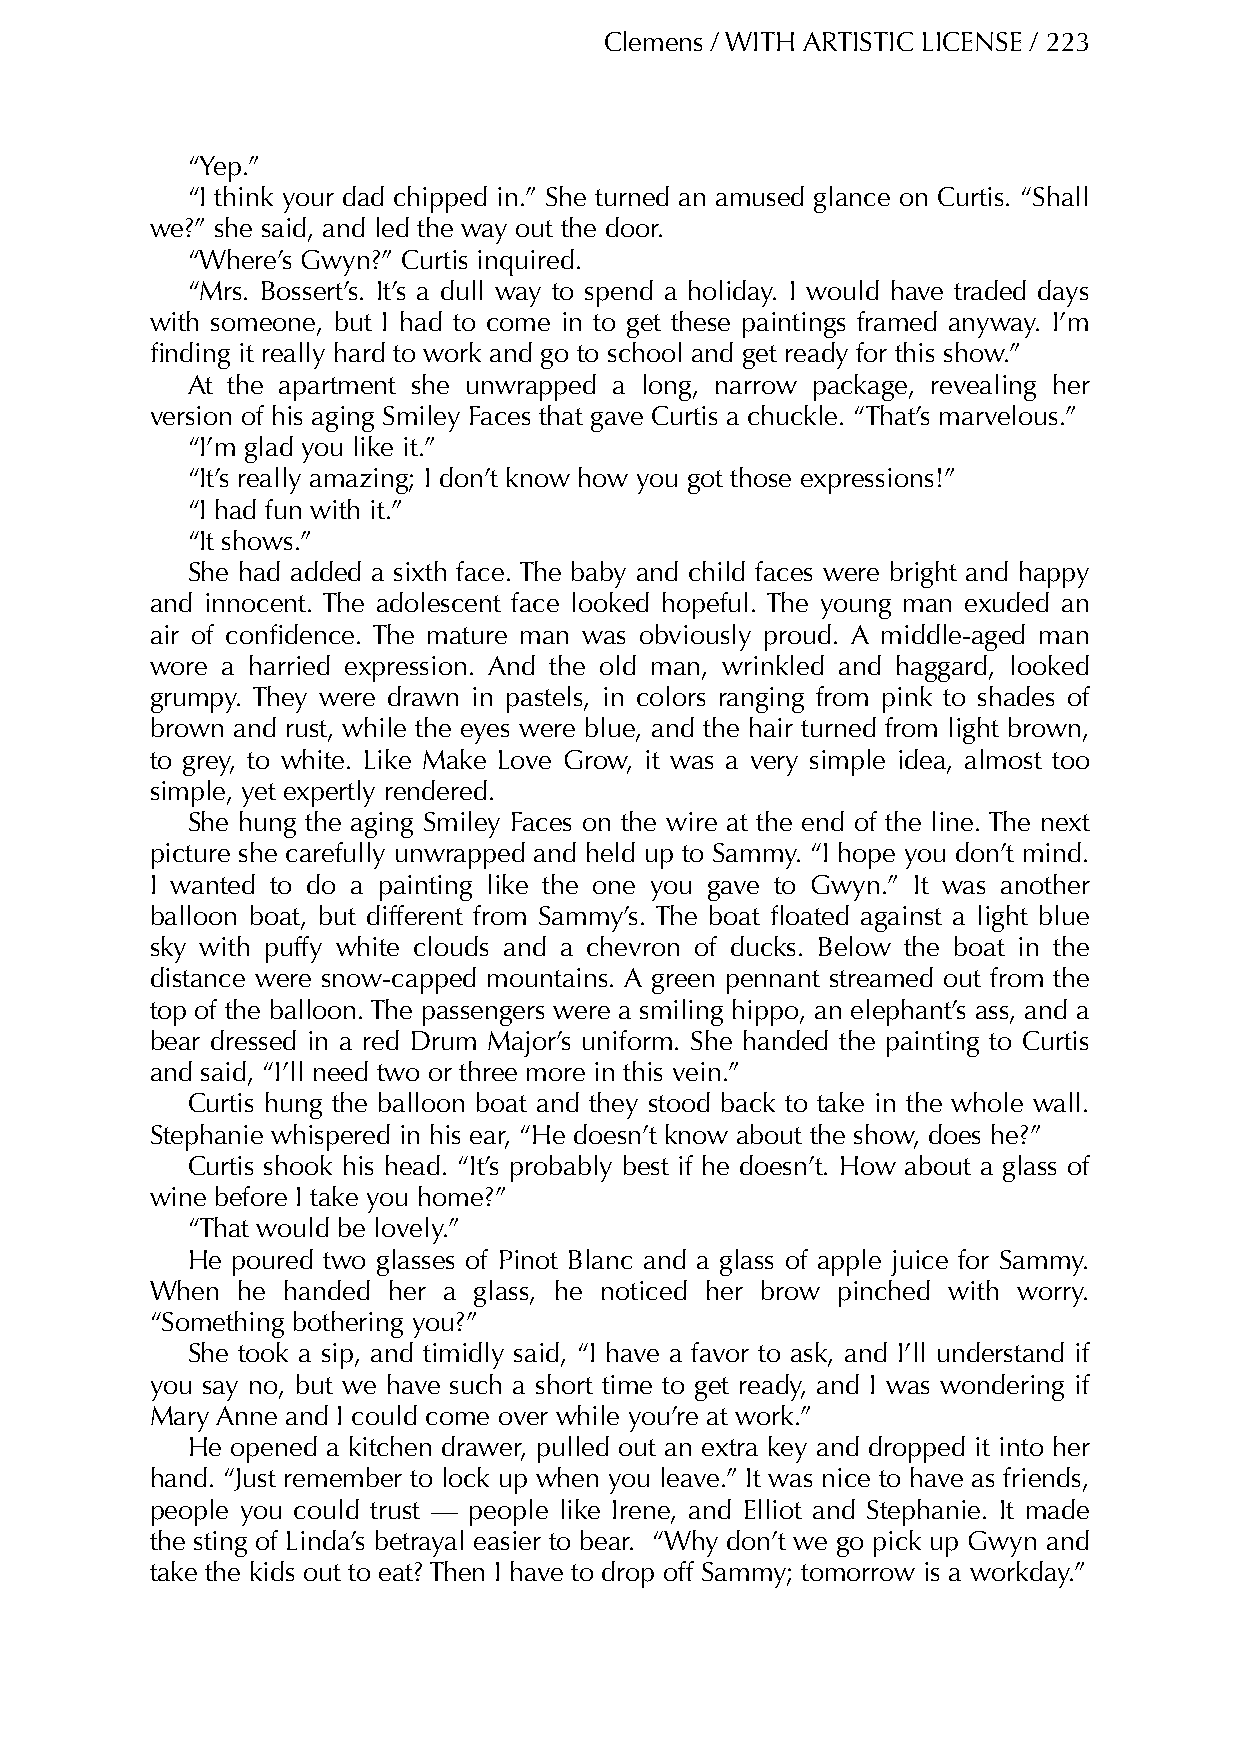
Clemens / WITH ARTISTIC LICENSE / 223
 “Yep.”
 “I think your dad chipped in.” She turned an amused glance on Curtis. “Shall
 we?” she said, and led the way out the door.
 “Where’s Gwyn?” Curtis inquired.
 “Mrs. Bossert’s. It’s a dull way to spend a holiday. I would have traded days
 with someone, but I had to come in to get these paintings framed anyway. I’m
 finding it really hard to work and go to school and get ready for this show.”
 At the apartment she unwrapped a long, narrow package, revealing her
 version of his aging Smiley Faces that gave Curtis a chuckle. “That’s marvelous.”
 “I’m glad you like it.”
 “It’s really amazing; I don’t know how you got those expressions!”
 “I had fun with it.”
 “It shows.”
 She had added a sixth face. The baby and child faces were bright and happy
 and innocent. The adolescent face looked hopeful. The young man exuded an
 air of confidence. The mature man was obviously proud. A middle-aged man
 wore a harried expression. And the old man, wrinkled and haggard, looked
 grumpy. They were drawn in pastels, in colors ranging from pink to shades of
 brown and rust, while the eyes were blue, and the hair turned from light brown,
 to grey, to white. Like Make Love Grow, it was a very simple idea, almost too
 simple, yet expertly rendered.
 She hung the aging Smiley Faces on the wire at the end of the line. The next
 picture she carefully unwrapped and held up to Sammy. “I hope you don’t mind.
 I wanted to do a painting like the one you gave to Gwyn.” It was another
 balloon boat, but different from Sammy’s. The boat floated against a light blue
 sky with puffy white clouds and a chevron of ducks. Below the boat in the
 distance were snow-capped mountains. A green pennant streamed out from the
 top of the balloon. The passengers were a smiling hippo, an elephant’s ass, and a
 bear dressed in a red Drum Major’s uniform. She handed the painting to Curtis
 and said, “I’ll need two or three more in this vein.”
 Curtis hung the balloon boat and they stood back to take in the whole wall.
 Stephanie whispered in his ear, “He doesn’t know about the show, does he?”
 Curtis shook his head. “It’s probably best if he doesn’t. How about a glass of
 wine before I take you home?”
 “That would be lovely.”
 He poured two glasses of Pinot Blanc and a glass of apple juice for Sammy.
 When  he handed her a glass, he noticed her brow pinched with worry.
 “Something bothering you?”
 She took a sip, and timidly said, “I have a favor to ask, and I’ll understand if
 you say no, but we have such a short time to get ready, and I was wondering if
 Mary Anne and I could come over while you’re at work.”
 He opened a kitchen drawer, pulled out an extra key and dropped it into her
 hand. “Just remember to lock up when you leave.” It was nice to have as friends,
 people you could trust — people like Irene, and Elliot and Stephanie. It made
 the sting of Linda’s betrayal easier to bear. “Why don’t we go pick up Gwyn and
 take the kids out to eat? Then I have to drop off Sammy; tomorrow is a workday.”